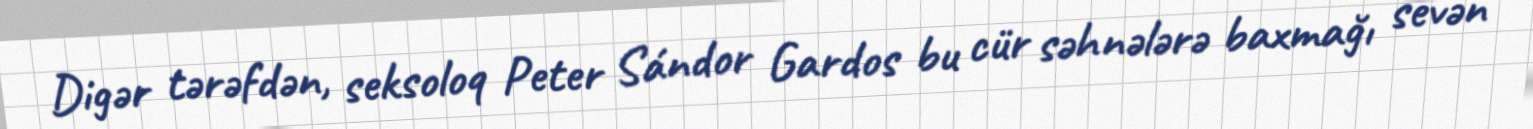
Digər tərəfdən, seksoloq Peter Sándor Gardos bu cür səhnələrə baxmağı sevən